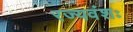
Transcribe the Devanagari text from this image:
रज्यवंशः